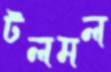
টলমল